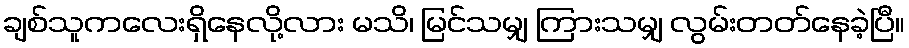
ချစ်သူကလေးရှိနေလို့လား မသိ၊ မြင်သမျှ ကြားသမျှ လွမ်းတတ်နေခဲ့ပြီ။